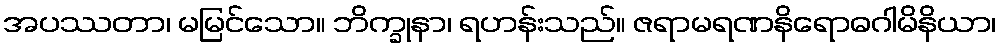
အပဿတာ၊ မမြင်သော။ ဘိက္ခုနာ၊ ရဟန်းသည်။ ဇရာမရဏနိရောဓဂါမိနိယာ၊